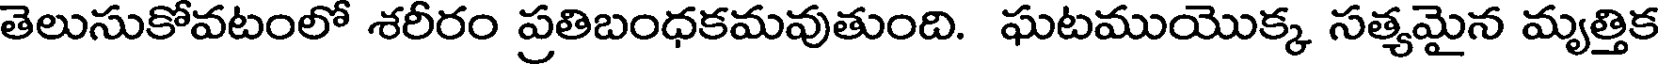
తెలుసుకోవటంలో శరీరం ప్రతిబంధకమవుతుంది. ఘటముయొక్క సత్యమైన మృత్తిక